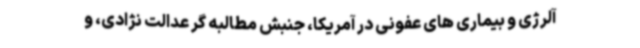
آلرژی و بیماری های عفونی در آمریکا، جنبش مطالبه گر عدالت نژادی، و